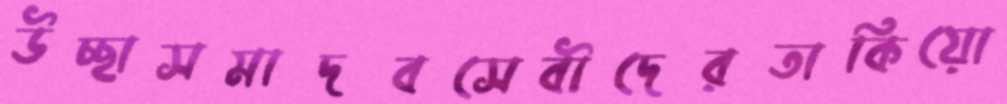
উচ্ছাসমাদবসেবীদেরতাকিয়ো